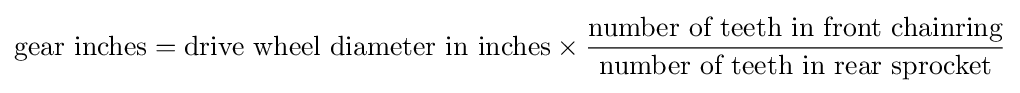
{\text{gear inches}}={\text{drive wheel diameter in inches}}\times {\frac {\text{number of teeth in front chainring}}{\text{number of teeth in rear sprocket}}}